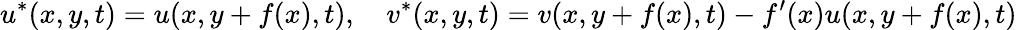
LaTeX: u^{*}(x,y,t)=u(x,y+f(x),t),\quad v^{*}(x,y,t)=v(x,y+f(x),t)-f^{\prime}(x)u(x,y+f(x),t)